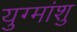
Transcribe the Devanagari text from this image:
युग्मांशु